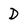
Character: D